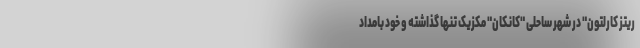
ریتز کارلتون" در شهر ساحلی "کانکان" مکزیک تنها گذاشته و خود بامداد